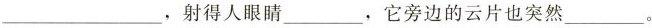
___，射得人眼睛___，它旁边的云片也突然___。